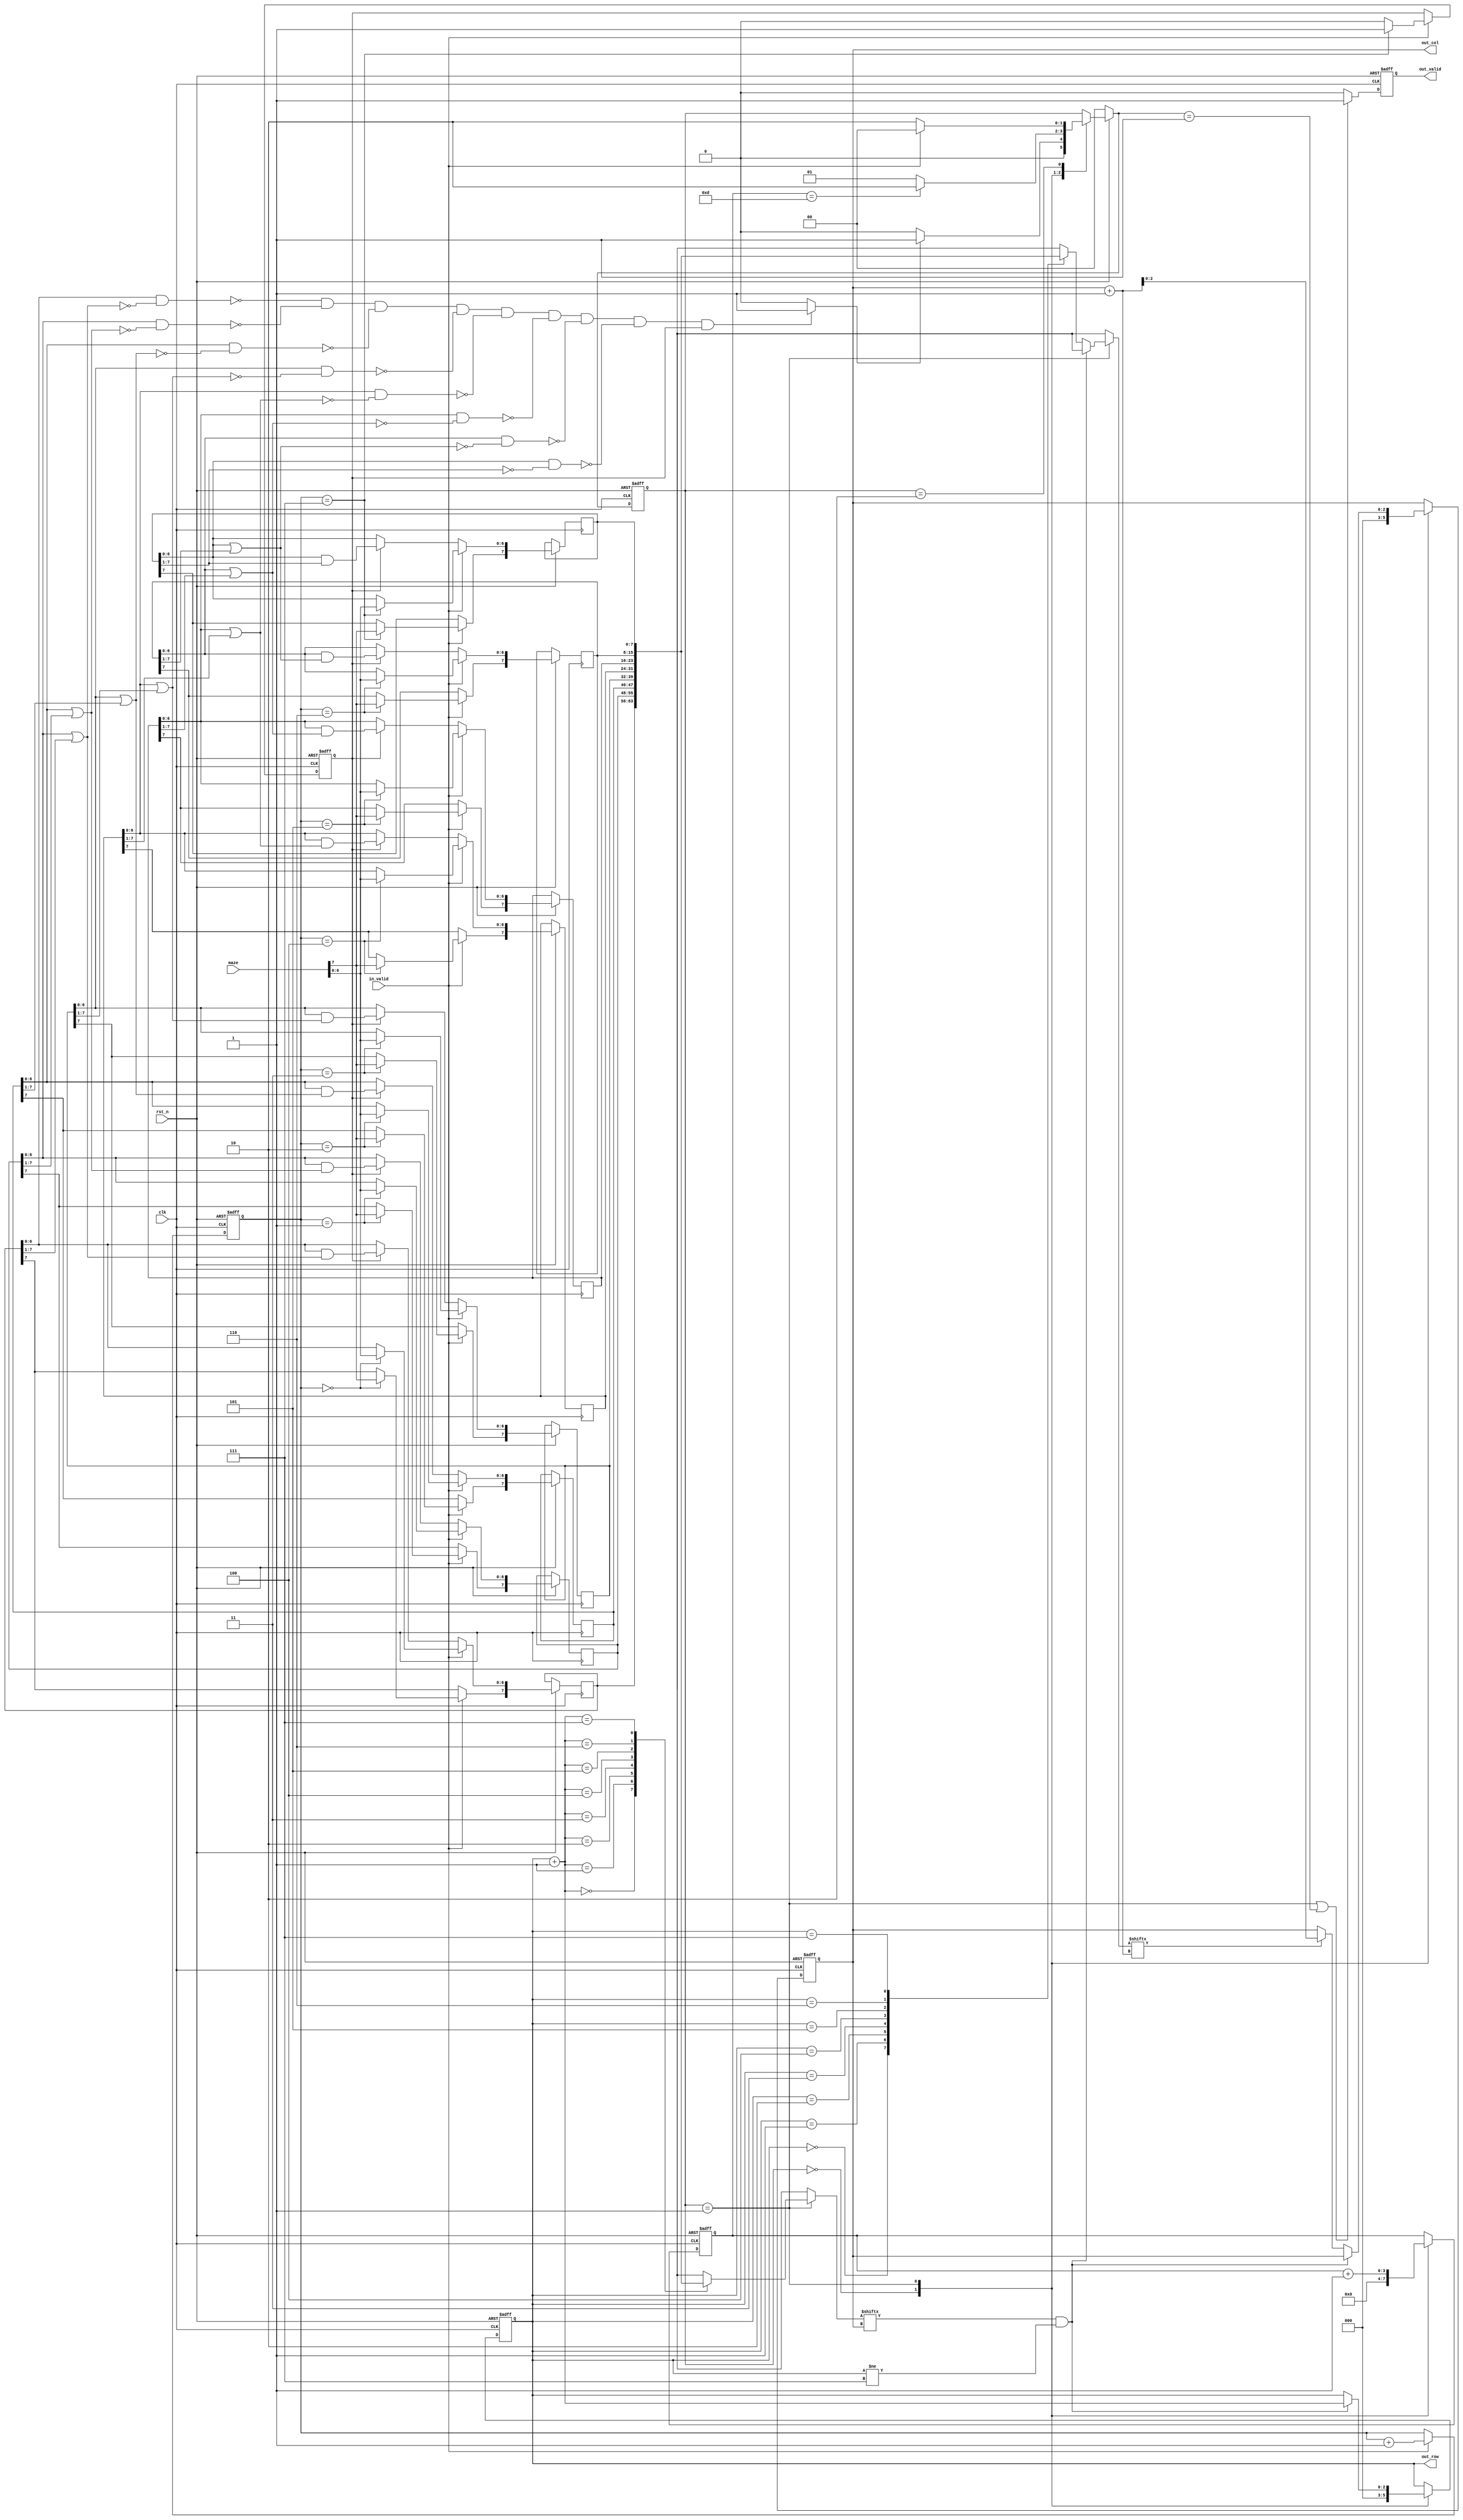
module RIM(
    //Input Port
    input clk,
    input rst_n,
	input in_valid,
    input  [7:0] maze,

    //Output Port
    output reg out_valid,
    output reg [2:0] out_row,
    output reg [2:0] out_col
    );

//---------------------------------------------------------------------
//   PORT DECLARATION
//---------------------------------------------------------------------
parameter N = 8;

reg [2:0] in_count ;
reg  clean_count ;
reg  [N-1:0] mm [N-1:0]; // mm[row][col], down = row+1 , right = col+1
//wire [N-1:0] WW [N-1:0];
wire flag;

reg [3:0] ans_idx;
wire [3:0] col_right;
wire [3:0] row_down;

parameter s_idle = 3'd0;
parameter s_check = 3'd1;
parameter s_find = 3'd2;
reg [1:0] state_current;
reg [1:0] state_next;

// ******************************************************
// *             read count & clean_count               *
// ******************************************************
always @ ( posedge clk or negedge rst_n ) begin
    if (!rst_n) begin in_count<=0; clean_count<=0;
    end else if (in_valid==1'b1) begin
        in_count <= in_count + 1 ;
        if(in_count==3'd7)
            clean_count <= 1;
        else clean_count<=0;
    end
end
// ******************************************************
// *                read & clean maze                   *
// ******************************************************
always @ ( posedge clk or negedge rst_n ) begin
    if(!rst_n) begin
        //mm[8]<=8'd0;
    end else if(in_valid==1'b1)begin
        //mm[8] <= 8'd0;
        mm[in_count] <= maze;
    end else if(clean_count!=0) begin
        mm[0][6:0] <= mm[0][6:0]&(mm[1][6:0]|mm[0][7:1]);
        mm[1][6:0] <= mm[1][6:0]&(mm[2][6:0]|mm[1][7:1]);
        mm[2][6:0] <= mm[2][6:0]&(mm[3][6:0]|mm[2][7:1]);
        mm[3][6:0] <= mm[3][6:0]&(mm[4][6:0]|mm[3][7:1]);
        mm[4][6:0] <= mm[4][6:0]&(mm[5][6:0]|mm[4][7:1]);
        mm[5][6:0] <= mm[5][6:0]&(mm[6][6:0]|mm[5][7:1]);
        mm[6][6:0] <= mm[6][6:0]&(mm[7][6:0]|mm[6][7:1]);
        mm[7][6:0] <= mm[7][6:0]&(      mm[7][7:1]);
        mm[8] <= 8'd0;
    end
end
// ******************************************************
// *            flag finish clean maze                  *
// ******************************************************
assign flag = ( (0==( mm[0][6:0]&( ~(mm[1][6:0]|mm[0][7:1]) )) )&&
              (0==( mm[1][6:0]&( ~(mm[2][6:0]|mm[1][7:1]) )) )&&
              (0==( mm[2][6:0]&( ~(mm[3][6:0]|mm[2][7:1]) )) )&&
              (0==( mm[3][6:0]&( ~(mm[4][6:0]|mm[3][7:1]) )) )&&
              (0==( mm[4][6:0]&( ~(mm[5][6:0]|mm[4][7:1]) )) )&&
              (0==( mm[5][6:0]&( ~(mm[6][6:0]|mm[5][7:1]) )) )&&
              (0==( mm[6][6:0]&( ~(mm[7][6:0]|mm[6][7:1]) )) )&&
              (0==( mm[7][6:0]&(      ~(mm[7][7:1]) )) )&&
              (clean_count!=0) )? 1 : 0;

// ******************************************************
// *                state_current                       *
// ******************************************************
always @(posedge clk or negedge rst_n ) begin
    if(!rst_n) state_current <= s_idle;
    else state_current <= state_next;
end
// ******************************************************
// *                    FSM                             *
// ******************************************************
always @ ( * ) begin
    if(!rst_n) state_next = 0;
    else
    case (state_current)
/*0*/        s_idle://if(in_valid) state_next = s_start;
                    if(flag==1'b1) state_next = s_check;
                    else state_next = s_idle;
/*1*/        s_check: if(ans_idx==4'd13) state_next = s_find; else state_next = s_check;
/*4*/        s_find:if(in_valid) state_next = s_idle;
                    else state_next = s_find;
        default: state_next = state_current;
    endcase
end
// ******************************************************
// *            col_right,  row_down                    *
// ******************************************************
assign col_right = out_col+1;
assign row_down = out_row+1;

always @ ( posedge clk or negedge rst_n) begin
    if (!rst_n) begin
        out_col<=0;
        out_row<=0;
    end
    else
    case (state_current)
        s_idle: begin   out_col<=0;
                        out_row<=0;
                end
        s_check:if ((mm[row_down][out_col]==1'b1) &&(out_row!=4'd7)) begin
                    out_row<=row_down;
                end else  if (mm[out_row][col_right]==1'b1) begin
                    out_col<=col_right;
                end
        default: ;
    endcase
end
// ******************************************************
// *                    ans_idx                         *
// ******************************************************
always @ ( posedge clk or negedge rst_n ) begin
    if(!rst_n) ans_idx <=0;
    else
    case(state_current)
        s_idle: ans_idx <=0;
        s_check:  ans_idx <= ans_idx + 1;
        default:ans_idx<=ans_idx;
    endcase

end
// ******************************************************
// *                    out_valid                       *
// ******************************************************
always @ ( posedge clk or negedge rst_n ) begin
    if (!rst_n) out_valid <= 0;
    else if((state_current==s_check)||(state_next==s_check)) out_valid <= 1;
    else out_valid <= 0;
end

endmodule